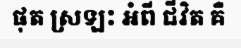
ផុត ស្រឡះ អំពី ជីវិត គឺ